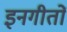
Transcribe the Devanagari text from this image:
इनगीतों